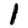
Digit: 1